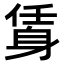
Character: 𨉃